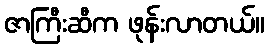
ဇာကြီးဆီက ဖုန်းလာတယ်။